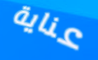
عناية